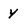
Character: y